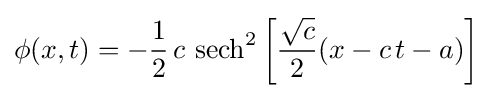
\phi (x,t)=-{\frac {1}{2}}\,c\,\operatorname {sech} ^{2}\left[{{\sqrt {c}} \over 2}(x-c\,t-a)\right]